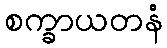
စက္ခာယတနံ